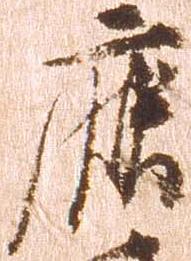
鹿